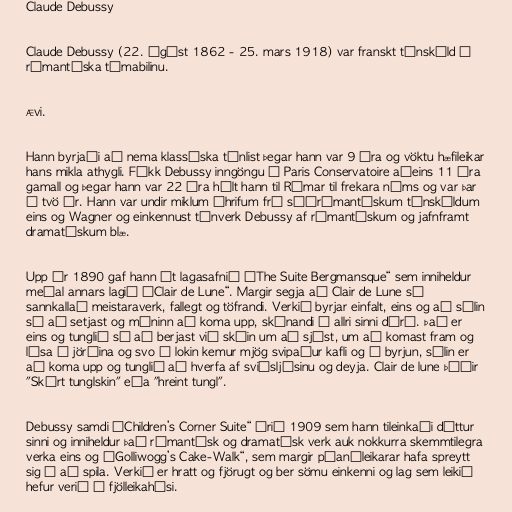
Claude Debussy

Claude Debussy (22. ágúst 1862 - 25. mars 1918) var franskt tónskáld á
rómantíska tímabilinu.

Ævi.

Hann byrjaði að nema klassíska tónlist þegar hann var 9 ára og vöktu hæfileikar
hans mikla athygli. Fékk Debussy inngöngu í Paris Conservatoire aðeins 11 ára
gamall og þegar hann var 22 ára hélt hann til Rómar til frekara náms og var þar
í tvö ár. Hann var undir miklum áhrifum frá síðrómantískum tónskáldum
eins og Wagner og einkennust tónverk Debussy af rómantískum og jafnframt
dramatískum blæ.

Upp úr 1890 gaf hann út lagasafnið „The Suite Bergmansque“ sem inniheldur
meðal annars lagið „Clair de Lune“. Margir segja að Clair de Lune sé
sannkallað meistaraverk, fallegt og töfrandi. Verkið byrjar einfalt, eins og að sólin
sé að setjast og máninn að koma upp, skínandi í allri sinni dýrð. Það er
eins og tunglið sé að berjast við skýin um að sjást, um að komast fram og
lýsa á jörðina og svo í lokin kemur mjög svipaður kafli og í byrjun, sólin er
að koma upp og tunglið að hverfa af sviðsljósinu og deyja. Clair de lune þýðir
"Skýrt tunglskin" eða "hreint tungl".

Debussy samdi „Children’s Corner Suite“ árið 1909 sem hann tileinkaði dóttur
sinni og inniheldur það rómantísk og dramatísk verk auk nokkurra skemmtilegra
verka eins og „Golliwogg’s Cake-Walk“, sem margir píanóleikarar hafa spreytt
sig á að spila. Verkið er hratt og fjörugt og ber sömu einkenni og lag sem leikið
hefur verið í fjölleikahúsi.